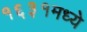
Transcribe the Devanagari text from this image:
१६३१मध्ये